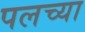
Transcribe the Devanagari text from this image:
पलच्या